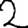
Digit: 2